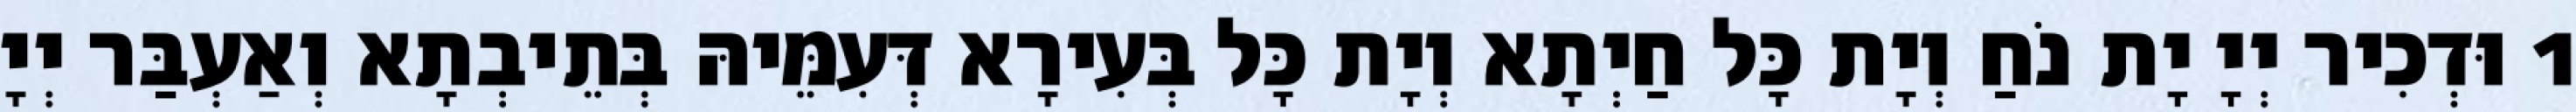
1 וּדְכִיר יְיָ יָת נֹחַ וְיָת כָּל חַיְתָא וְיָת כָּל בְּעִירָא דְּעִמֵּיהּ בְּתֵיבְתָא וְאַעְבַּר יְיָ